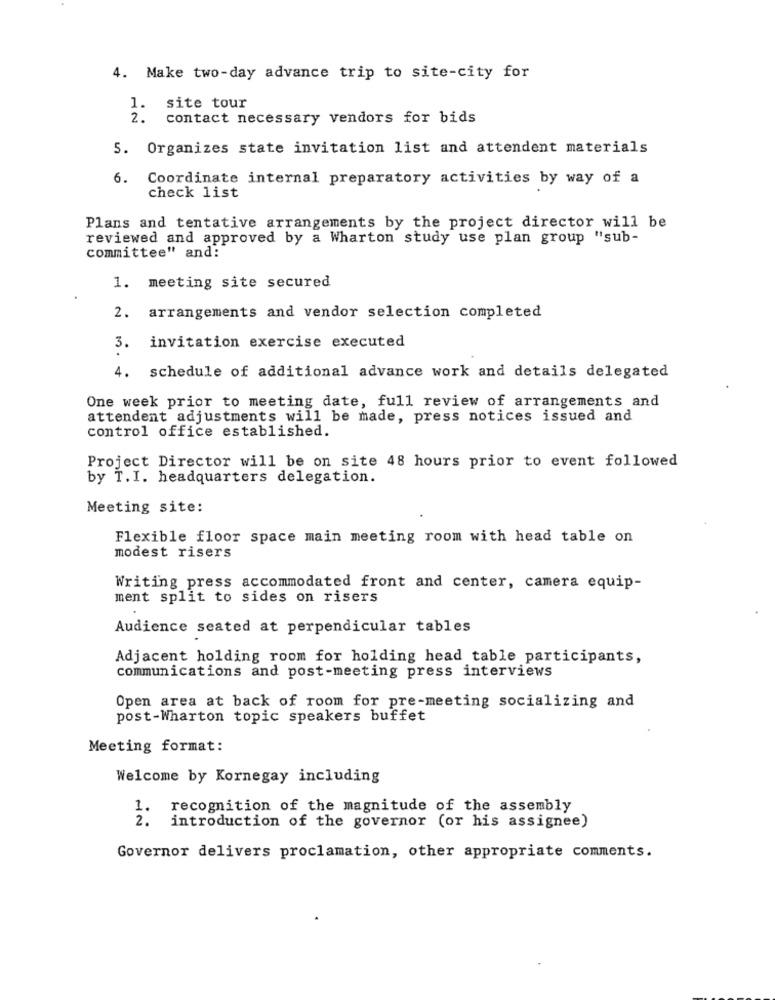
4. Make two-day advance trip to site-city for
1.
site tour
2.
contact necessary vendors for bids
5. Organizes state invitation list and attendent materials
6.
Coordinate internal preparatory activities by way of a
check list
Plans and tentative arrangements by the project director will be
reviewed and approved by a Wharton study use plan group "sub-
committee" and:
1. meeting site secured
2.
arrangements and vendor selection completed
3.
invitation exercise executed
4. schedule of additional advance work and details delegated
One week prior to meeting date, full review of arrangements and
attendent adjustments will be made, press notices issued and
control office established.
Project Director will be on site 48 hours prior to event followed
by T.I. headquarters delegation.
Meeting site:
Flexible floor space main meeting room with head table on
modest risers
Writing press accommodated front and center, camera equip-
ment split to sides on risers
Audience seated at perpendicular tables
Adjacent holding room for holding head table participants,
communications and post-meeting press interviews
Open area at back of room for pre-meeting socializing and
post-Wharton topic speakers buffet
Meeting format:
Welcome by Kornegay including
1. recognition of the magnitude of the assembly
2.
introduction of the governor (or his assignee)
Governor delivers proclamation, other appropriate comments.